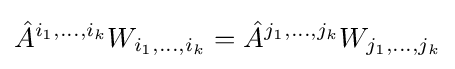
{\hat {A}}^{i_{1},\dots ,i_{k}}W_{i_{1},\dots ,i_{k}}={\hat {A}}^{j_{1},\dots ,j_{k}}W_{j_{1},\dots ,j_{k}}